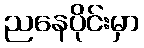
ညနေပိုင်းမှာ